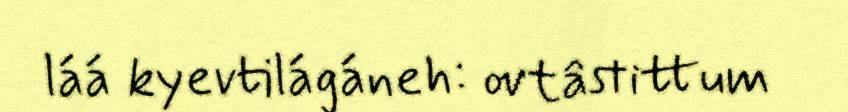
láá kyevtilágáneh: ovtâstittum